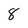
Character: 8